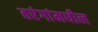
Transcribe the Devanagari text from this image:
तरंगांमधील